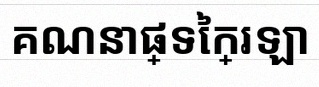
គណនាផ្ទៃក្រឡា